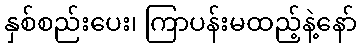
နှစ်စည်းပေး၊ ကြာပန်းမထည့်နဲ့နော်